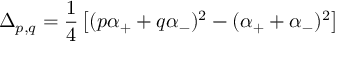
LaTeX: \Delta _ { p , q } = { \frac { 1 } { 4 } } \left[ ( p \alpha _ { + } + q \alpha _ { - } ) ^ { 2 } - ( \alpha _ { + } + \alpha _ { - } ) ^ { 2 } \right]